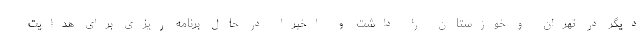
دیگر در تهران و خوزستان را داشت و اخیراً در حال برنامه ریزی برای هدایت